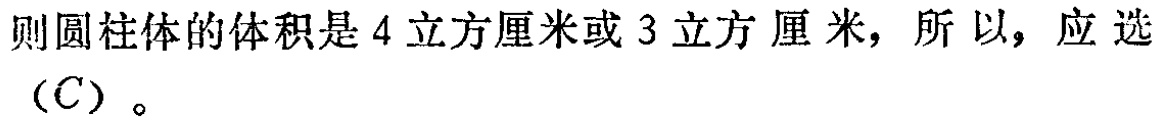
则圆柱体的体积是\(4\)立方厘米或\(3\)立方厘米，所以，应选\((C)\)。